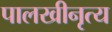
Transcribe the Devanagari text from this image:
पालखीनृत्य